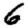
Digit: 6